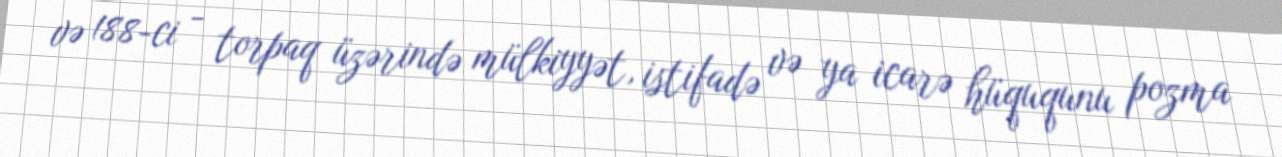
və 188-ci - torpaq üzərində mülkiyyət, istifadə və ya icarə hüququnu pozma